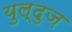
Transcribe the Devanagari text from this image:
युल्दुज़